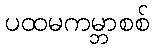
ပထမကမ္ဘာစစ်